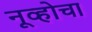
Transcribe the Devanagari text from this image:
नूव्होचा